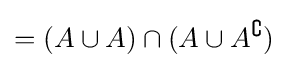
=(A\cup A)\cap (A\cup A^{\complement })